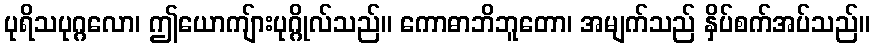
ပုရိသပုဂ္ဂလော၊ ဤယောကျ်ားပုဂ္ဂိုလ်သည်။ ကောဓာဘိဘူတော၊ အမျက်သည် နှိပ်စက်အပ်သည်။